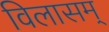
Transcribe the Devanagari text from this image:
विलासम्